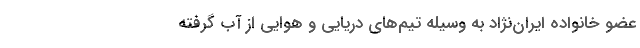
عضو خانواده ایران‌نژاد به وسیله تیم‌های دریایی و هوایی از آب گرفته